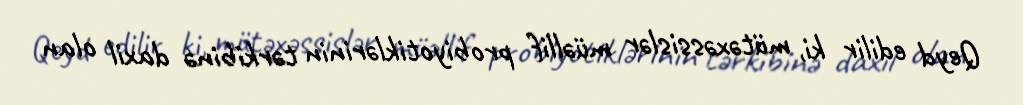
Qeyd edilir ki, mütəxəssislər müəllif probiyotiklərinin tərkibinə daxil olan